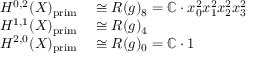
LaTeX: \begin{array} { r l } { H ^ { 0 , 2 } ( X ) _ { \mathrm { p r i m } } } & { { } \cong R ( g ) _ { 8 } = \mathbb { C } \cdot x _ { 0 } ^ { 2 } x _ { 1 } ^ { 2 } x _ { 2 } ^ { 2 } x _ { 3 } ^ { 2 } } \\ { H ^ { 1 , 1 } ( X ) _ { \mathrm { p r i m } } } & { { } \cong R ( g ) _ { 4 } } \\ { H ^ { 2 , 0 } ( X ) _ { \mathrm { p r i m } } } & { { } \cong R ( g ) _ { 0 } = \mathbb { C } \cdot 1 } \end{array}